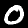
Digit: 0